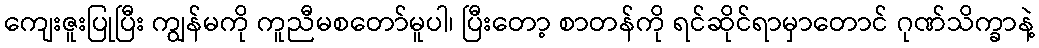
ကျေးဇူးပြုပြီး ကျွန်မကို ကူညီမစတော်မူပါ၊ ပြီးတော့ စာတန်ကို ရင်ဆိုင်ရာမှာတောင် ဂုဏ်သိက္ခာနဲ့